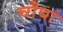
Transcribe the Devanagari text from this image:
चौघां